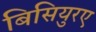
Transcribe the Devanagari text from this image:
बिसियुरए